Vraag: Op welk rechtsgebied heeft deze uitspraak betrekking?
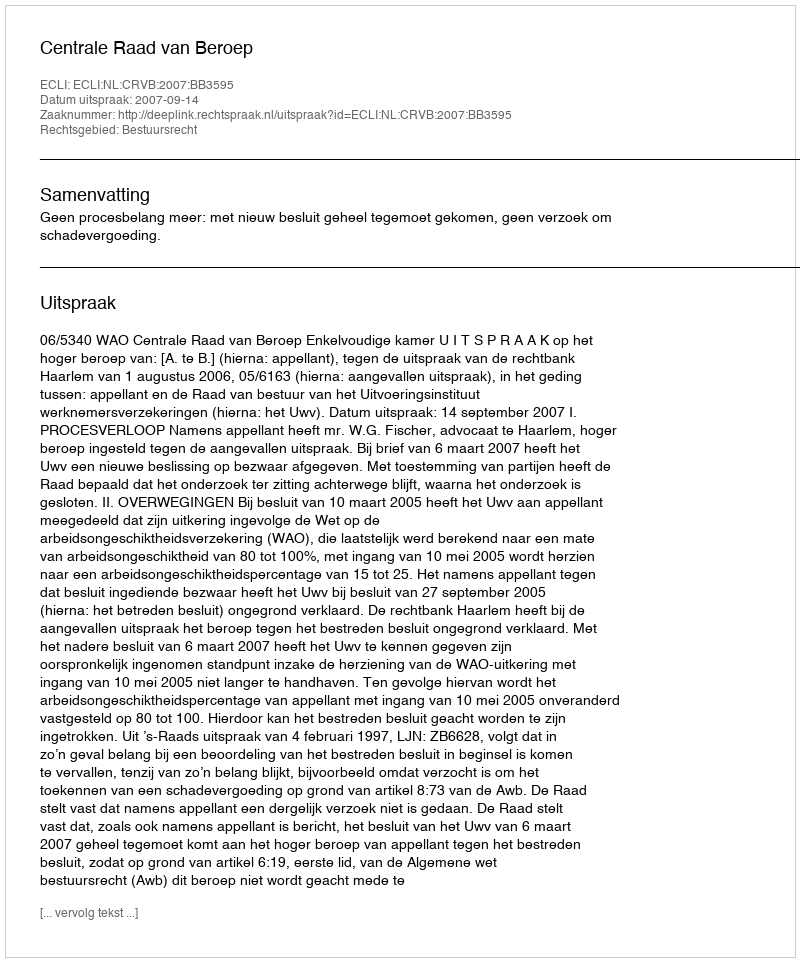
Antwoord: Bestuursrecht